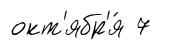
окт'ябр'я́ 7